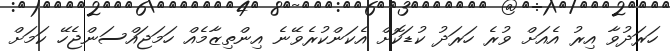
ހަރަދުވާ އިރު އެއަށް ވުރެ ހަރަދު ކުޑަކޮށް އެކަންކުރެވޭނެ އިންތިޒާމެއް ހަމަޖައްސަންޖެހޭ ކަމަށް